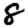
Digit: 8